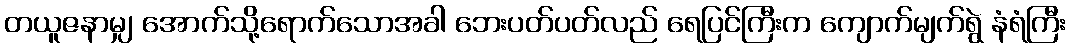
တယူဇနာမျှ အောက်သို့ရောက်သောအခါ ဘေးပတ်ပတ်လည် ရေပြင်ကြီးက ကျောက်မျက်ရွဲ နံရံကြီး